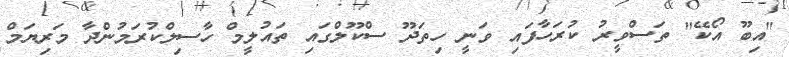
"އިބޫ އޯކޭ" ތަސްވީރު ކުރަހާފައި ވަނީ ހިތަދޫ ސްކޫލްގައި ތައުލީމް ހާސިލްކުރަމުންދާ މަރިޔަމް